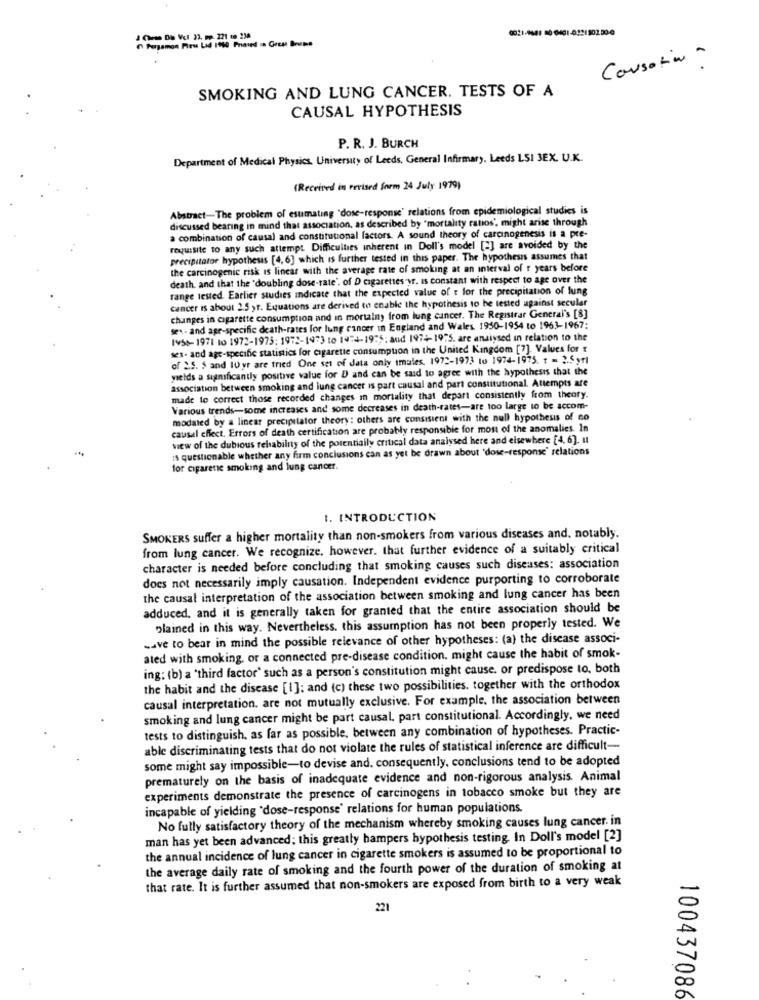
0021-9541 10-0401-0221302.000
Causation -
SMOKING AND LUNG CANCER. TESTS OF A
CAUSAL HYPOTHESIS
P. R. J. BURCH
Department of Medical Physics, University of Leeds, General Infirmary. Leeds LSI 3EX. U.K.
(Received in revised form 24 July 1979)
Abstract-The problem of esumating "dose-response' relations from epidemiological studies is
discussed bearing in mind that association, as described by "mortality ratios', might arise through
a combination of causal and constitutional factors. A sound theory of carcinogenesis is a pre-
requisite to any such attempt Difficulties inherent in Doll's model [2] are avoided by the
precipitator hypothesis [4,6] which is further tested in this paper. The hypothesis assumes that
the carcinogenic risk is linear with the average rate of smoking at an interval of r years before
death and that the "doubling dose-rate'. of D cigarettes yr. Is constant with respect to age over the
range tested. Earlier studies indicate that the expected value of t for the precipitation of lung
cancer is about 2.5 yr. Equations are derived to enable the hypothesis to be tested against secular
changes in cigarette consumption and in mortalny from lung cancer. The Registrar General's [8]
sex- and age-specific death-rates for lung cancer in England and Wales. 1950-1954 to 1963-1967:
1958-1971 to 1972-1975; 1972-1973 to 14:4-1975: and 1974- 19:5. are analysed in relation to the
ses- and age-specific statistics for cigarette consumption in the United Kingdom [7]. Values for
of &S. S and 10 yr are tried One set of data only imales. 1972-1973 to 1974-1975. t = 2.5yrl
yields a sutmficantly positive value for D and can be said to agree with the hypothesis that the
association between smoking and lung cancer is part causal and part constitutional. Attempts are
made to correct those recorded changes in mortality that depart consistently from theory.
Various trends-some increases and some decreases in death-rates-are too large to be accom-
modated by a linear precipitator theory: others are consistent with the null hypothesis of no
causal effect. Errors of death certification are probably responsible for most of the anomalies. In
view of the dubious relsability of the potentially critical data analysed here and elsewhere [4.6]. Il
is questionable whether any firm conclusions can as yet be drawn about 'dose-response' relations
for cigarette smoking and lung cancer.
1. INTRODUCTION
SMOKERS suffer a higher mortality than non-smokers from various diseases and. notably.
from lung cancer. We recognize. however, that further evidence of a suitably critical
character is needed before concluding that smoking causes such diseases: association
does not necessarily imply causation. Independent evidence purporting to corroborate
the causal interpretation of the association between smoking and lung cancer has been
adduced, and it is generally taken for granted that the entire association should be
plained in this way. Nevertheless. this assumption has not been properly tested. We
save to bear in mind the possible relevance of other hypotheses: (a) the disease associ-
ated with smoking, or a connected pre-disease condition. might cause the habit of smok-
ing: (b) a 'third factor' such as a person's constitution might cause. or predispose to, both
the habit and the disease [1]; and (c) these two possibilities. together with the orthodox
causal interpretation. are not mutually exclusive. For example, the association between
smoking and lung cancer might be part causal, part constitutional. Accordingly, we need
tests to distinguish. as far as possible, between any combination of hypotheses. Practic-
able discriminating tests that do not violate the rules of statistical inference are difficult-
some might say impossible-to devise and. consequently, conclusions tend to be adopted
prematurely on the basis of inadequate evidence and non-rigorous analysis. Animal
experiments demonstrate the presence of carcinogens in tobacco smoke but they are
incapable of yielding 'dose-response' relations for human populations.
No fully satisfactory theory of the mechanism whereby smoking causes lung cancer. in
man has yet been advanced; this greatly hampers hypothesis testing In Doll's model [2]
the annual incidence of lung cancer in cigarette smokers is assumed to be proportional to
the average daily rate of smoking and the fourth power of the duration of smoking at
that rate. It is further assumed that non-smokers are exposed from birth to a very weak
221
100437086